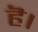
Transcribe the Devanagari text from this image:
हॆ।